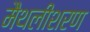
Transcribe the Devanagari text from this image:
मैथलीशरण